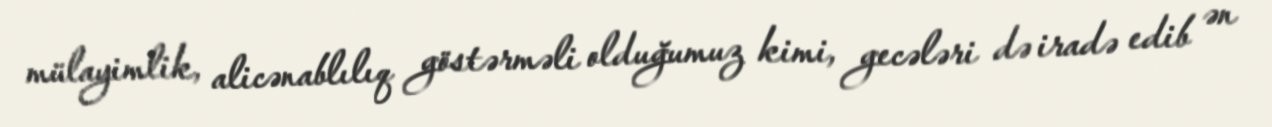
mülayimlik, alicənablılıq göstərməli olduğumuz kimi, gecələri də iradə edib ən